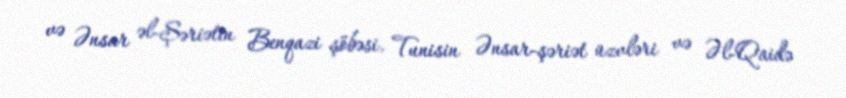
və Ənsar əl-Şəriətin Benqazi şöbəsi, Tunisin Ənsar-şəriət üzvləri və Əl-Qaidə